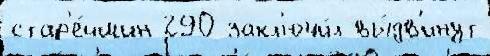
стар'е́йшин 290 закл'ючи́л вы́дв'инут